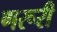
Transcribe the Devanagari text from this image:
णरूरी